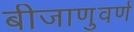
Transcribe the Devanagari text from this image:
बीजाणुवर्ण